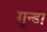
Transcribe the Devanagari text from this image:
गुन्डा